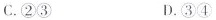
C. ②③ D.③④